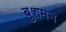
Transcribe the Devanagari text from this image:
बुशमन